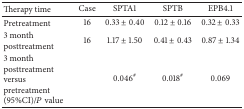
| Therapy time | Case | SPTA1 | SPTB | EPB4.1 |
 | --- | --- | --- | --- | --- |
 | Pretreatment | 16 | 0.33 ± 0.40 | 0.12 ± 0.16 | 0.32 ± 0.33 |
 | 3 month posttreatment | 16 | 1.17 ± 1.50 | 0.41 ± 0.43 | 0.87 ± 1.34 |
 | 3 month posttreatment versus pretreatment (95%CI)/P value |  | 0.046# | 0.018# | 0.069 |